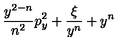
\! \! \frac { y ^ { 2 - n } } { n ^ { 2 } } p _ { y } ^ { 2 } + \frac { \xi } { y ^ { n } } + y ^ { n } \! \!